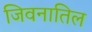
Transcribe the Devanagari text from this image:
जिवनातिल